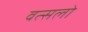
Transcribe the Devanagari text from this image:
वत्सलो